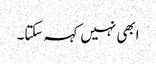
ابھی نہیں کہہ سکتا۔